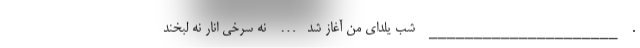
. _____________________ شب یلدای من آغاز شد… نه سرخی انار نه لبخند